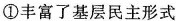
① 丰富了基层民主形式